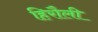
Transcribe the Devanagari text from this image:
हिरौली